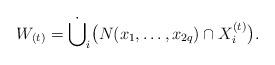
LaTeX: \begin{align*}W_{(t)}= \dot\bigcup_{i}\bigl(N(x_1,\ldots,x_{2q}) \cap X_i^{(t)}\bigl).\end{align*}